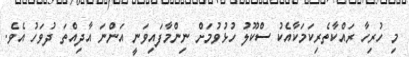
މި ހުރިހާ ރައްކާތެރިކަމަކާއެކު ސްކޫލު ހުޅުވުމަށް ނިންމާފައިވަނީ އަންނަ އާދިއްތަ ދުވަހު އެވެ.